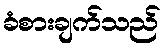
ခံစားချက်သည်